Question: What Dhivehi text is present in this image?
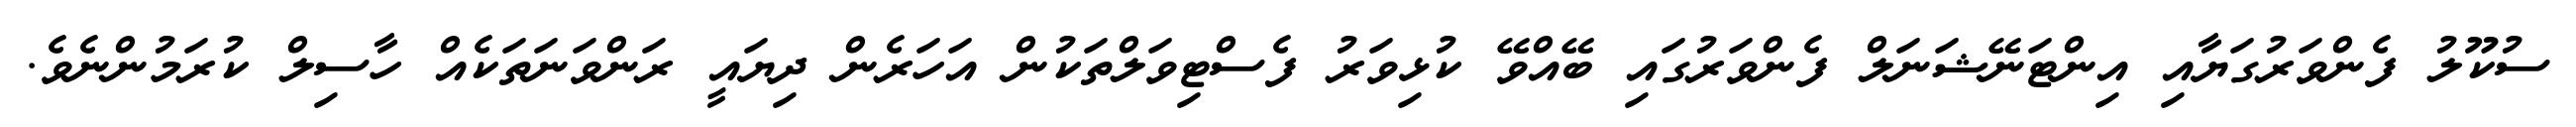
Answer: ސުކޫލު ފެންވަރުގަޔާއި އިންޓަނޭޝަނަލް ފެންވަރުގައި ބޭއްވޭ ކުޅިވަރު ފެސްޓިވަލްތަކުން އަހަރެން ދިޔައީ ރަންވަނަތަކެއް ހާސިލް ކުރަމުންނެވެ.